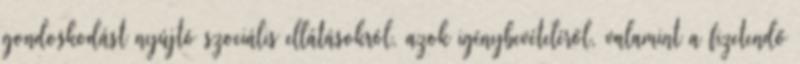
gondoskodást nyújtó szociális ellátásokról, azok igénybevételéről, valamint a fizetendő